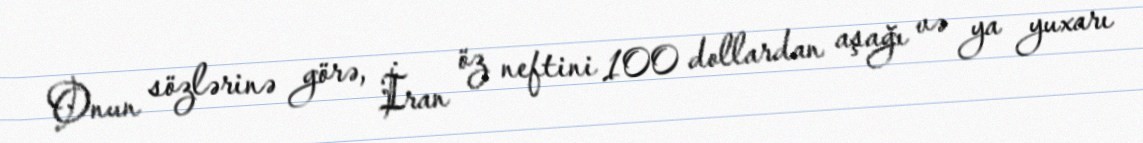
Onun sözlərinə görə, İran öz neftini 100 dollardan aşağı və ya yuxarı